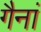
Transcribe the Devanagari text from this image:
गैनां